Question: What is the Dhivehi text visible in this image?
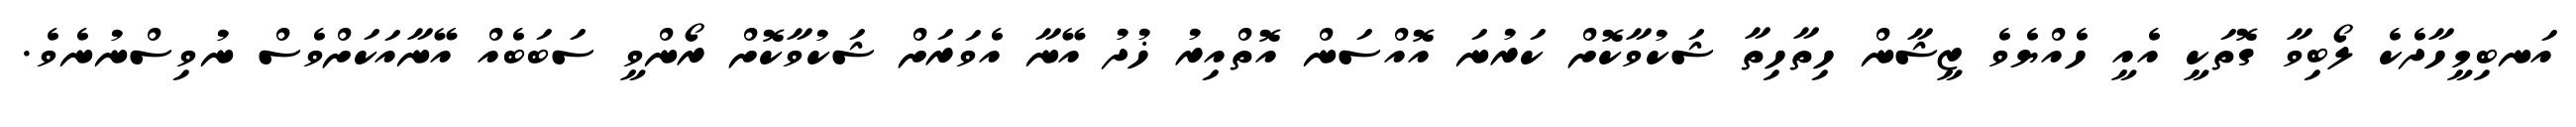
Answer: އަނބިމީހާދެކެ ލޯބިވާ ގޮތަކީ އެއީ ހެއްޔެވެ ޒީޝާން ހިތާހިތާ ޝަކުވާކޮށް ކަރުނަ އޮއްސަން އޮތްއިރު ޚުދު އޭނާ އެވަރަށް ޝަކުވާކޮށް ރޯންވީ ސަބަބެއް އޭނާއަކަށްވެސް ނުވިސްނުނެވެ.